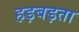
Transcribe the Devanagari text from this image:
हड़बड़ता